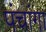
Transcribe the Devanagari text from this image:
पंचांगा